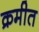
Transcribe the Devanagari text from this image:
क्रमीत